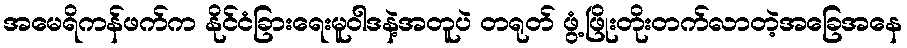
အမေရိကန်ဖက်က နိုင်ငံခြားရေးမူဝါဒနဲ့အတူပဲ တရုတ် ဖွံ့ဖြိုးတိုးတက်လာတဲ့အခြေအနေ